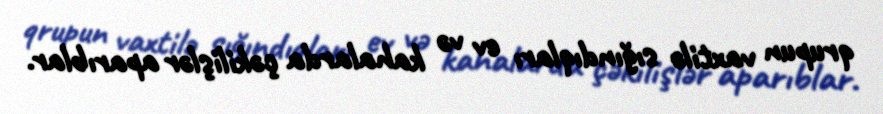
qrupun vaxtilə sığındıqları ev və kahalarda çəkilişlər aparıblar.